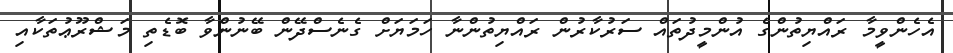
އެހެންވީމާ ރައްޔިތުންގެ އުންމީދުތައް ސަރުކާރުން ރައްޔިތުންނާ ހަމަޔަށް ގެނެސްދޭން ބޭނުންވާ ބޮޑެތި މަޝްރޫޢުތަކާއި